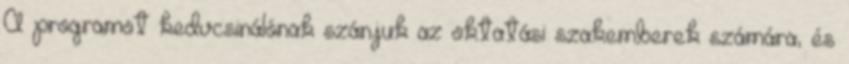
A programot kedvcsinálónak szánjuk az oktatási szakemberek számára, és